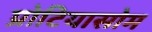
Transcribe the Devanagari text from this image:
प्रोटियासोम